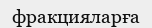
фракцияларға